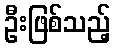
ဦးဖြစ်သည့်